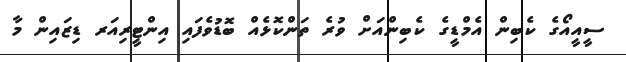
ސީއީއޯގެ ކެބިން އެމްޑީގެ ކެބިންއަށް ވުރެ ތަންކޮޅެއް ބޮޑުވެފައި އިންޓީރިއަރ ޑިޒައިން މާ